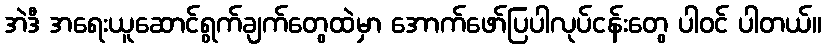
အဲဒီ အရေးယူဆောင်ရွက်ချက်တွေထဲမှာ အောက်ဖော်ပြပါလုပ်ငန်းတွေ ပါဝင် ပါတယ်။